Cholera in India, 1862 to 1881
Year: 1862
Disease focus: Cholera
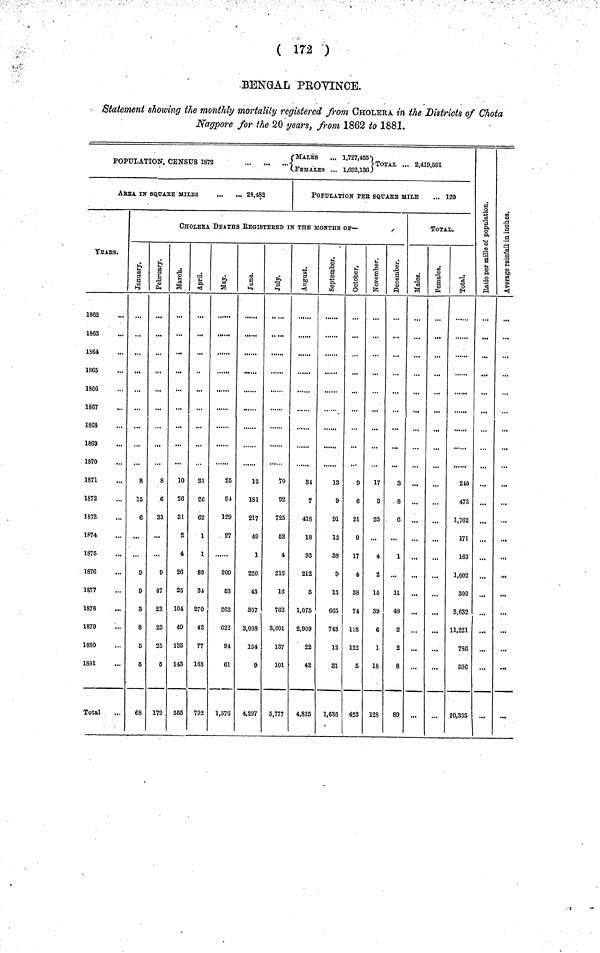
( 172 )
BENGAL PROVIINCE.
Statement showing the monthly mortality registered from CHOLERA in the Districts of Chota
Nagpore for the 20 years, from 1862 to 1881.
(MALES
... 1,727,455)
POPULATION, CENSUS 1872
...}
TOTAI, ... 2,419,591
FEMALES ... 1,692,136.)
AREA IN SQUArE MILES
...
... 23,482
yEArS.
1867
1868
1869
1870
1871
1872
1873
1874
1875
1876
1877
1878
1879
18SO
1881
Total
POPULATION PEE SQuArE MILE
... 120
CHOLErA DEATHS REGISTErED IN THE MONTHS OF—
January
8
15
6
...
...
9
9
3
8
6
5
68
February
8
6
S3
...
9
47
23
23
25
5
179
March
10
26
31
2
4
26
25
104
49
135
143
555
April
31
26
62
1
1
80
34
270
42
77
168
792
May
25
94
129
27
209
63
262
622
94
61
1,576
June
12
181
217
49
1
226
43
307
3,093
154
9
4,297
July
70
92
725
53
4
216
16
762
8,601
137
101
5,777
August
34
7
418
18
93
212
5
1,075
2,909
22
42
4,835
september
13
9
91
12
38
9
13
665
743
12
81
1,636
Octomber
9
6
21
9
17
4
88
74
118
122
5
423
November
17
8
23
4
2
16
39
6
1
18
128
December
3
8
6
1
...
11
43
2
2
8
89
TOTAL.
Male
...
...
...
...
...
...
...
...
...
...
Female
...
...
...
...
...
...
...
...
...
...
Total
210
473
1,762
171
163
1,002
309
8,632
11,221
786
596
20,355
Ratio per mille of Population
...
...
...
...
...
...
...
...
...
...
...
...
Avrage Ra
in inchase
...
...
...
...
...
...
...
...
...
...
...
...